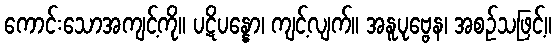
ကောင်းသောအကျင့်ကို။ ပဋိပန္နော၊ ကျင့်လျက်။ အနူပုဗ္ဗေန၊ အစဉ်သဖြင့်။